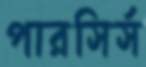
পারসির্স